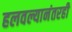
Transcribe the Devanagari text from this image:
हलवल्यानंतरही